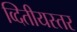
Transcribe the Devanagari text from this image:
व्दितीयस्तर